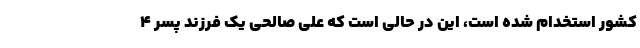
کشور استخدام شده است، این در حالی است که علی صالحی یک فرزند پسر ۴